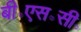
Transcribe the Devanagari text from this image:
बी॰एस॰सी॰